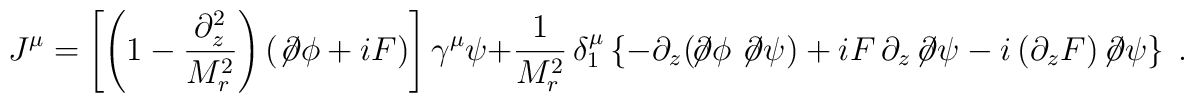
J^\mu=\left[\left(1 - \frac{\partial_{z}^2}{M_r^2}\right)\left(\not\!\partial \phi+iF\right)\right] \gamma^\mu \psi +\frac{1}{M_r^2}\,\delta^\mu_1\left\{-\partial_z (\!\not\!\partial\phi \not\!\partial\psi) +iF\, \partial_z\!\not\!\partial\psi -i \,(\partial_z  F)\!\not\!\partial\psi\right\}\;.